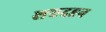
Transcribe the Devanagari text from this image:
शवदहन